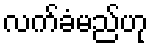
လက်ခံမည်ဟု